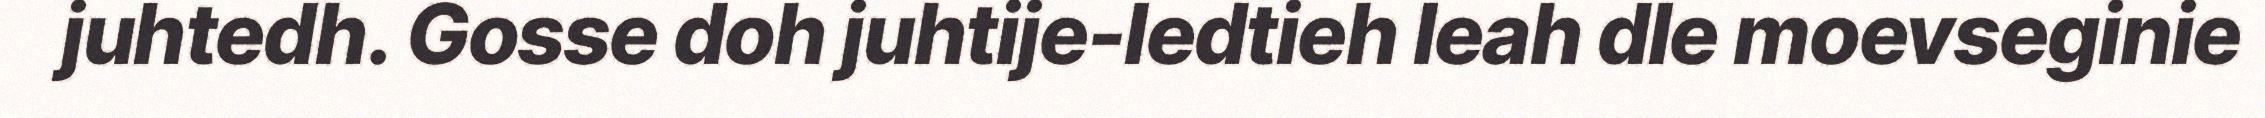
juhtedh. Gosse doh juhtije-ledtieh leah dle moevseginie